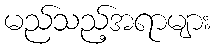
မည်သည့်အရာများ